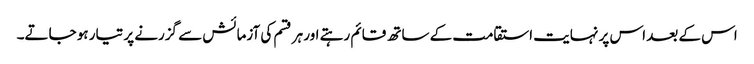
اس کے بعد اس پر نہایت استقامت کے ساتھ قائم رہتے اور ہر قسم کی آزمائش سے گزرنے پر تیار ہو جاتے۔